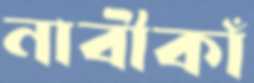
নাবীকাঁ